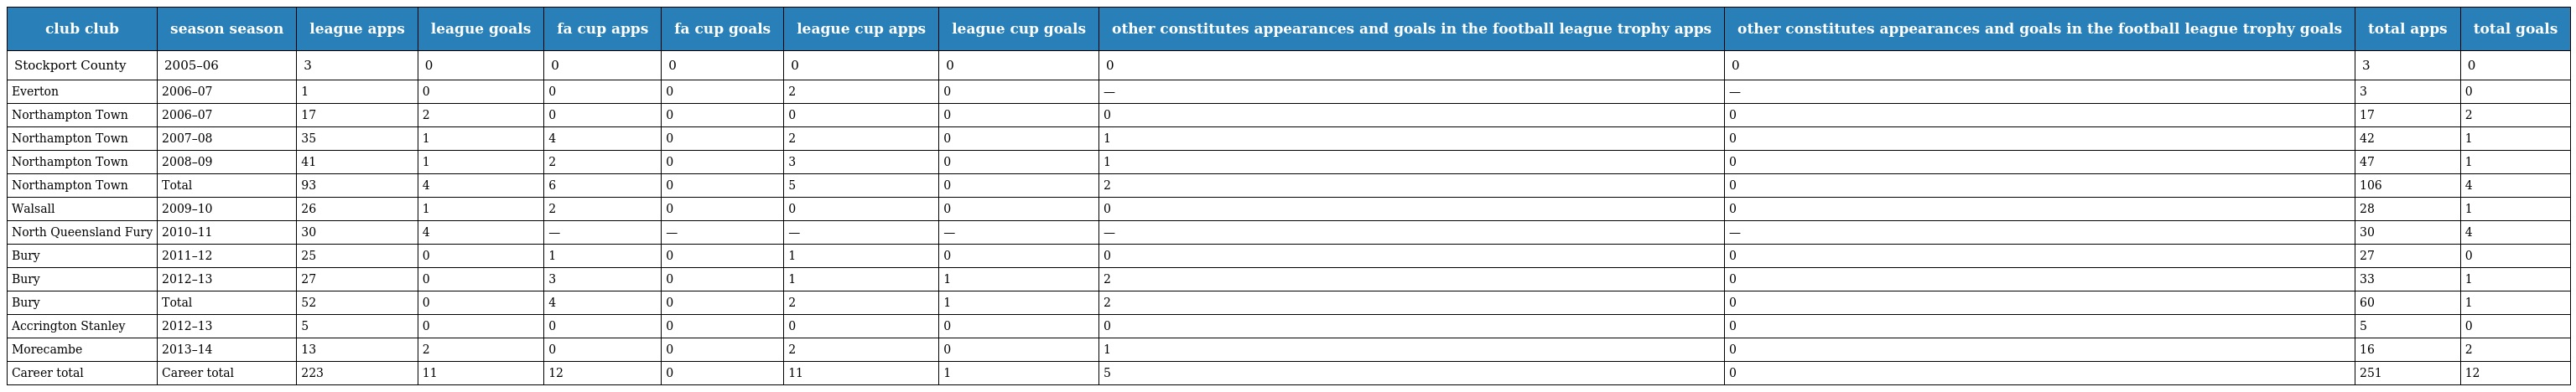
| club club | season season | league apps | league goals | fa cup apps | fa cup goals | league cup apps | league cup goals | other constitutes appearances and goals in the football league trophy apps | other constitutes appearances and goals in the football league trophy goals | total apps | total goals |
 | --- | --- | --- | --- | --- | --- | --- | --- | --- | --- | --- | --- |
 | Stockport County | 2005–06 | 3 | 0 | 0 | 0 | 0 | 0 | 0 | 0 | 3 | 0 |
 | Everton | 2006–07 | 1 | 0 | 0 | 0 | 2 | 0 | — | — | 3 | 0 |
 | Northampton Town | 2006–07 | 17 | 2 | 0 | 0 | 0 | 0 | 0 | 0 | 17 | 2 |
 | Northampton Town | 2007–08 | 35 | 1 | 4 | 0 | 2 | 0 | 1 | 0 | 42 | 1 |
 | Northampton Town | 2008–09 | 41 | 1 | 2 | 0 | 3 | 0 | 1 | 0 | 47 | 1 |
 | Northampton Town | Total | 93 | 4 | 6 | 0 | 5 | 0 | 2 | 0 | 106 | 4 |
 | Walsall | 2009–10 | 26 | 1 | 2 | 0 | 0 | 0 | 0 | 0 | 28 | 1 |
 | North Queensland Fury | 2010–11 | 30 | 4 | — | — | — | — | — | — | 30 | 4 |
 | Bury | 2011–12 | 25 | 0 | 1 | 0 | 1 | 0 | 0 | 0 | 27 | 0 |
 | Bury | 2012–13 | 27 | 0 | 3 | 0 | 1 | 1 | 2 | 0 | 33 | 1 |
 | Bury | Total | 52 | 0 | 4 | 0 | 2 | 1 | 2 | 0 | 60 | 1 |
 | Accrington Stanley | 2012–13 | 5 | 0 | 0 | 0 | 0 | 0 | 0 | 0 | 5 | 0 |
 | Morecambe | 2013–14 | 13 | 2 | 0 | 0 | 2 | 0 | 1 | 0 | 16 | 2 |
 | Career total | Career total | 223 | 11 | 12 | 0 | 11 | 1 | 5 | 0 | 251 | 12 |